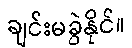
ချင်းမခွဲနိုင်။